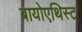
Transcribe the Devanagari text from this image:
बायोएथिस्ट